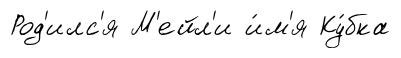
Род'илс'я М'ейл'и и́м'я Ку́бка